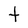
Character: t